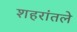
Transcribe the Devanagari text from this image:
शहरांतले